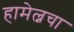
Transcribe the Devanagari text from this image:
हामेल्नचा